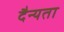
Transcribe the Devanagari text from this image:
दैन्यता